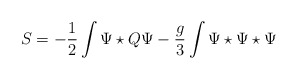
\begin{align*}S = -\frac{1}{2}\int \Psi \star Q \Psi -\frac{g}{3} \int \Psi \star\Psi \star \Psi\end{align*}